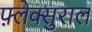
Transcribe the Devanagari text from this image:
फ़्लेक्सुराल